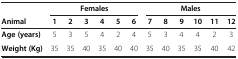
<table><thead><tr><td><b> </b></td><td colspan="6"><b>Females</b></td><td colspan="6"><b>Males</b></td></tr><tr><td><b>Animal</b></td><td><b>1</b></td><td><b>2</b></td><td><b>3</b></td><td><b>4</b></td><td><b>5</b></td><td><b>6</b></td><td><b>7</b></td><td><b>8</b></td><td><b>9</b></td><td><b>10</b></td><td><b>11</b></td><td><b>12</b></td></tr></thead><tbody><tr><td><b>Age (years)</b></td><td>5</td><td>3</td><td>5</td><td>4</td><td>2</td><td>4</td><td>5</td><td>3</td><td>4</td><td>4</td><td>2</td><td>3</td></tr><tr><td><b>Weight (Kg)</b></td><td>35</td><td>35</td><td>40</td><td>35</td><td>40</td><td>40</td><td>35</td><td>40</td><td>35</td><td>35</td><td>40</td><td>42</td></tr></tbody></table>